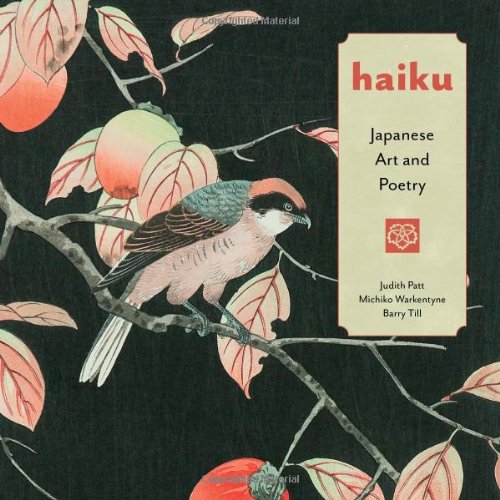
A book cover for Haiku: Japanese Art and Poetry; Judith Patt; Literature & Fiction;